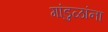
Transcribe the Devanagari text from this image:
गांडुळांना